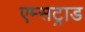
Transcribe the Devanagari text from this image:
एम्सट्राड